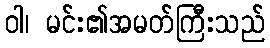
ဝါ၊ မင်း၏အမတ်ကြီးသည်